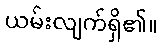
ယမ်းလျက်ရှိ၏။